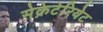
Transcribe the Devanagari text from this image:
सेक्रेटेरियेट